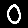
Digit: 0